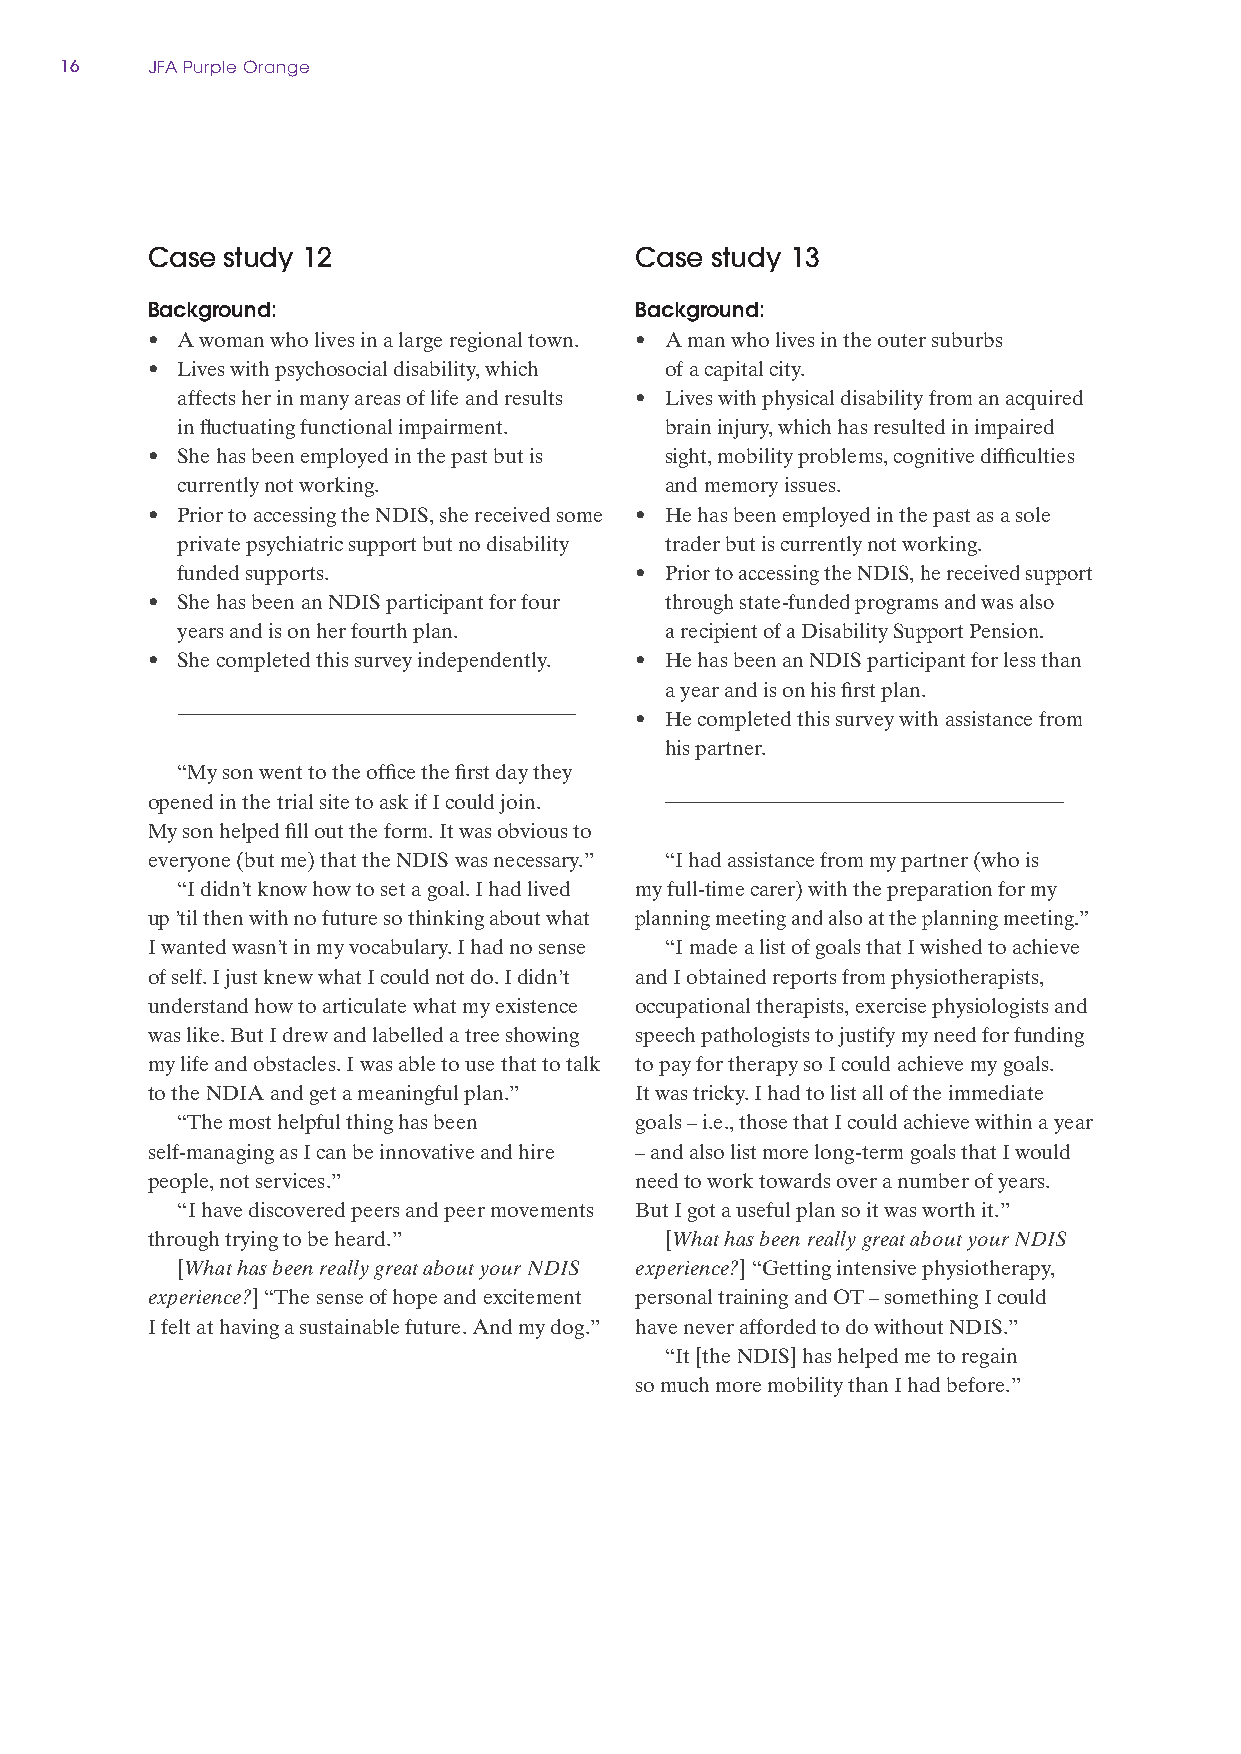
16    JFA Purple Orange
 Case study 12                   Case study 13
 Background:                     Background:
 • A woman who lives in a large regional town. • A man who lives in the outer suburbs
 • Lives with psychosocial disability, which of a capital city.
 affects her in many areas of life and results • Lives with physical disability from an acquired
 in fluctuating functional impairment. brain injury, which has resulted in impaired
 • She has been employed in the past but is sight, mobility problems, cognitive difficulties
 currently not working.          and memory issues.
 • Prior to accessing the NDIS, she received some • He has been employed in the past as a sole
 private psychiatric support but no disability trader but is currently not working.
 funded supports.              • Prior to accessing the NDIS, he received support
 • She has been an NDIS participant for four through state‑funded programs and was also
 years and is on her fourth plan. a recipient of a Disability Support Pension.
 • She completed this survey independently. • He has been an NDIS participant for less than
 a year and is on his first plan.
 • He completed this survey with assistance from
 his partner.
 “My son went to the office the first day they
 opened in the trial site to ask if I could join.
 My son helped fill out the form. It was obvious to
 everyone (but me) that the NDIS was necessary.” “I had assistance from my partner (who is
 “I didn’t know how to set a goal. I had lived my full‑time carer) with the preparation for my
 up ’til then with no future so thinking about what planning meeting and also at the planning meeting.”
 I wanted wasn’t in my vocabulary. I had no sense “I made a list of goals that I wished to achieve
 of self. I just knew what I could not do. I didn’t and I obtained reports from physiotherapists,
 understand how to articulate what my existence occupational therapists, exercise physiologists and
 was like. But I drew and labelled a tree showing speech pathologists to justify my need for funding
 my life and obstacles. I was able to use that to talk to pay for therapy so I could achieve my goals.
 to the NDIA and get a meaningful plan.” It was tricky. I had to list all of the immediate
 “The most helpful thing has been goals – i.e., those that I could achieve within a year
 self‑managing as I can be innovative and hire – and also list more long‑term goals that I would
 people, not services.”          need to work towards over a number of years.
 “I have discovered peers and peer movements But I got a useful plan so it was worth it.”
 through trying to be heard.”      [What has been really great about your NDIS
 [What has been really great about your NDIS experience?] “Getting intensive physiotherapy,
 experience?] “The sense of hope and excitement personal training and OT – something I could
 I felt at having a sustainable future. And my dog.” have never afforded to do without NDIS.”
 “It [the NDIS] has helped me to regain
 so much more mobility than I had before.”